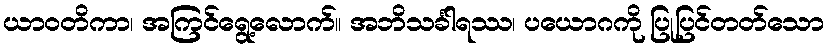
ယာဝတိကာ၊ အကြင်ရွေ့လောက်။ အဘိသင်္ခါရဿ၊ ပယောဂကို ပြုပြင်တတ်သော